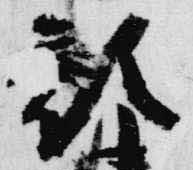
顔